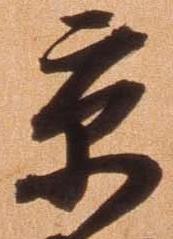
京